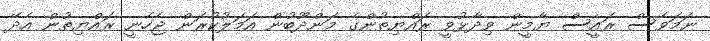
ނަމަވެސް ރައީސް ޔާމީން ވިދާޅުވީ ރައްޔިތުންގެ މަންދޫބުން އަމަލުކުރަން ޖެހެނީ ރައްޔިތުން އެދޭ